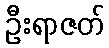
ဦးရာဇတ်